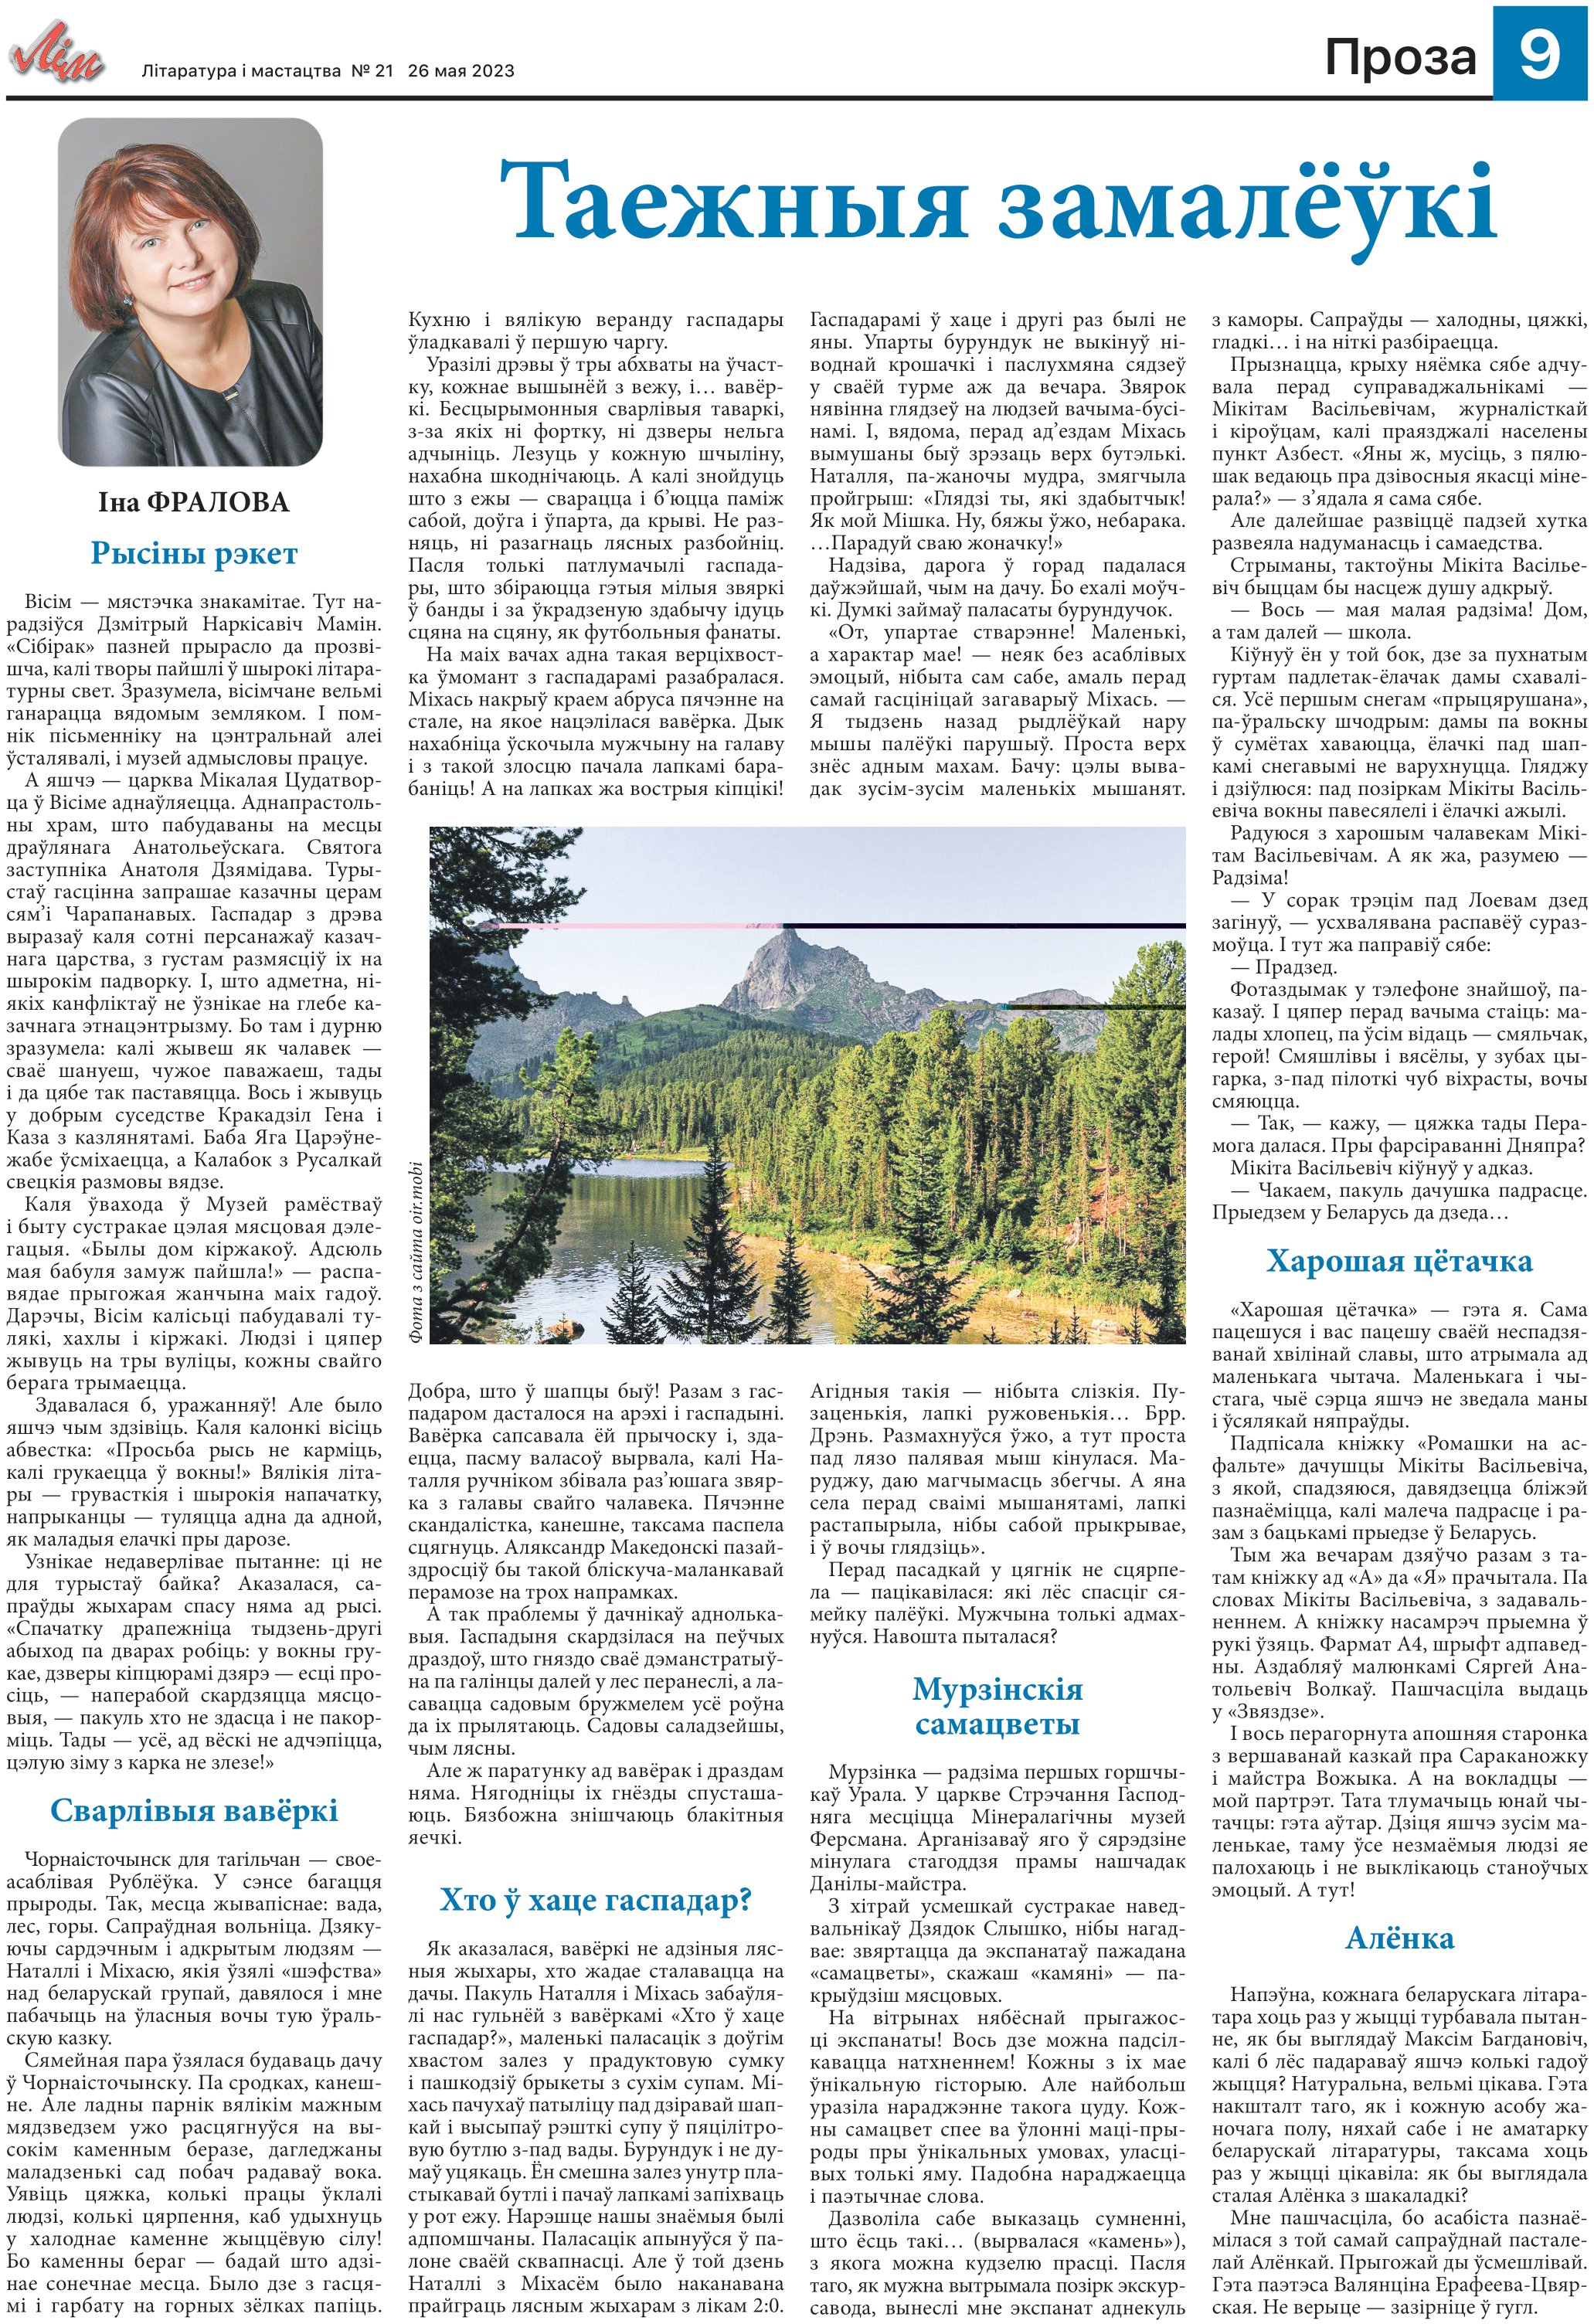
Language: be